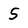
Character: S